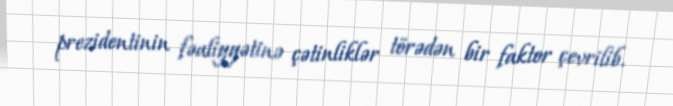
prezidentinin fəaliyyətinə çətinliklər törədən bir faktor çevrilib.